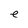
Character: e